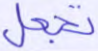
تجعل